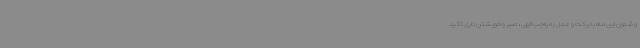
و شئون این ماه با برکت و عمل به واجب الهی ، صبر و خویشتن داری تاکید